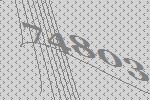
74803